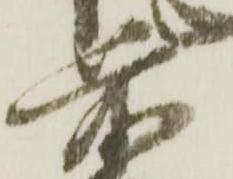
前